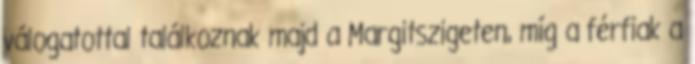
válogatottal találkoznak majd a Margitszigeten, míg a férfiak a